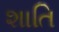
શાતિ